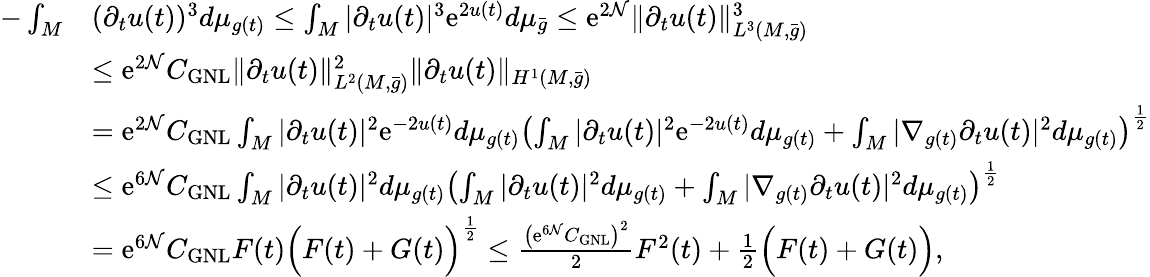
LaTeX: \begin{array}{rl}{-\int_{M}}&{(\partial_{t}u(t))^{3}d\mu_{g(t)}\le\int_{M}|\partial_{t}u(t)|^{3}\mathrm{e}^{2u(t)}d\mu_{\bar{g}}\le\mathrm{e}^{2\mathcal{N}}\| \partial_{t}u(t)\| _{L^{3}(M,\bar{g})}^{3}}\\ &{\le\mathrm{e}^{2\mathcal{N}}C_{\mathrm{GNL}}\| \partial_{t}u(t)\| _{L^{2}(M,\bar{g})}^{2}\| \partial_{t}u(t)\| _{H^{1}(M,\bar{g})}}\\ &{=\mathrm{e}^{2\mathcal{N}}C_{\mathrm{GNL}}\int_{M}|\partial_{t}u(t)|^{2}\mathrm{e}^{-2u(t)}d\mu_{g(t)}\left(\int_{M}|\partial_{t}u(t)|^{2}\mathrm{e}^{-2u(t)}d\mu_{g(t)}+\int_{M}|\nabla_{g(t)}\partial_{t}u(t)|^{2}d\mu_{g(t)}\right)^{\frac 12}}\\ &{\le\mathrm{e}^{6\mathcal{N}}C_{\mathrm{GNL}}\int_{M}|\partial_{t}u(t)|^{2}d\mu_{g(t)}\left(\int_{M}|\partial_{t}u(t)|^{2}d\mu_{g(t)}+\int_{M}|\nabla_{g(t)}\partial_{t}u(t)|^{2}d\mu_{g(t)}\right)^{\frac 12}}\\ &{=\mathrm{e}^{6\mathcal{N}}C_{\mathrm{GNL}}F(t)\Bigl(F(t)+G(t)\Bigr)^{\frac 12}\le\frac{\bigl(\mathrm{e}^{6\mathcal{N}}C_{\mathrm{GNL}}\bigr)^{2}}{2}F^{2}(t)+\frac{1}{2}\Bigl(F(t)+G(t)\Bigr),}\end{array}